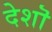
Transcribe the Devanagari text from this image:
देशॊ